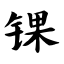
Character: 锞